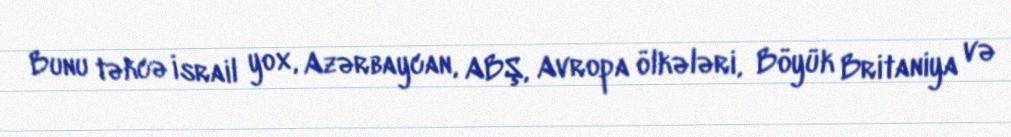
Bunu təkcə İsrail yox, Azərbaycan, ABŞ, Avropa ölkələri, Böyük Britaniya və